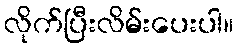
လိုက်ပြီးလိမ်းပေးပါ။